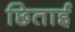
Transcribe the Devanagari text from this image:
छिताई